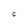
Character: C